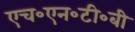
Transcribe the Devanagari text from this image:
एच॰एन॰टी॰बी